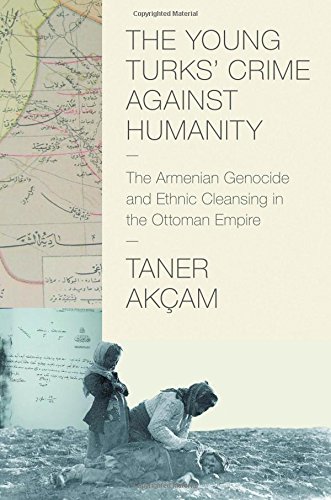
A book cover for The Young Turks' Crime against Humanity: The Armenian Genocide and Ethnic Cleansing in the Ottoman Empire (Human Rights and Crimes against Humanity); Taner Akcam; History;